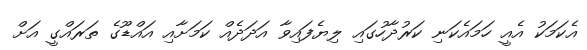
އެކަމަކު އެއީ ހަމައެކަނި ކަރުދާހުގައި ލިޔެފައިވާ އަދަދެއް ކަމަށާއި އައްޑޫގެ ތަރައްގީ އަށް